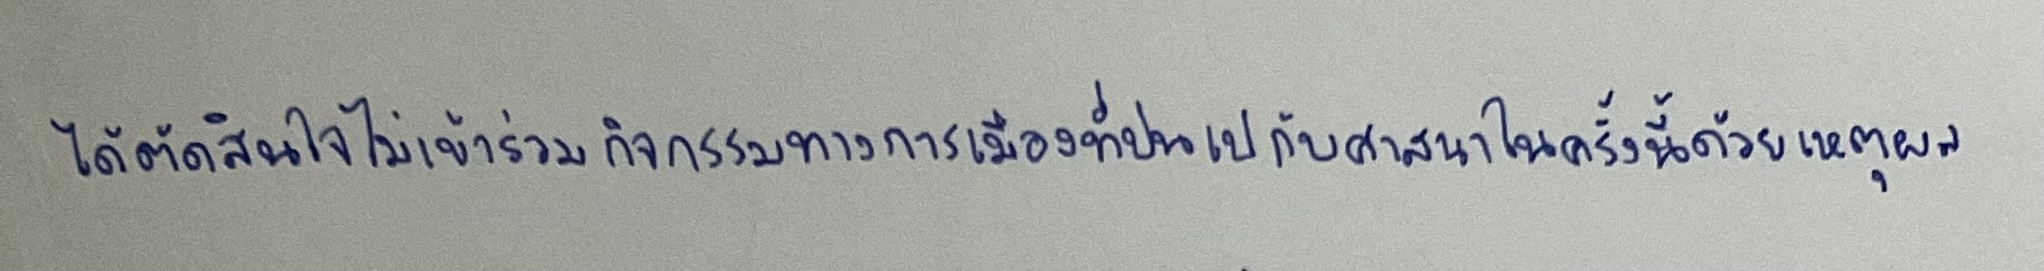
ได้ตัดสินใจไม่เข้าร่วมกิจกรรมการเมืองที่ปนเปกับศาสนาในครั้งนี้ด้วยเหตุผล